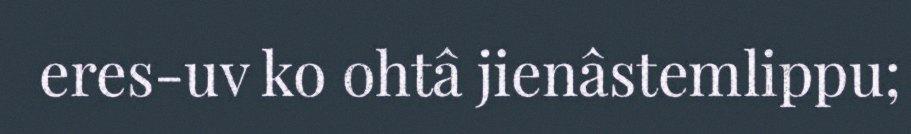
eres-uv ko ohtâ jienâstemlippu;